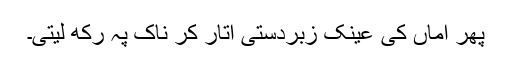
پھر اماں کی عینک زبردستی اتار کر ناک پہ رکھ لیتی۔